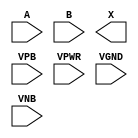
module sky130_fd_sc_lp__and2 (
    //# {{data|Data Signals}}
    input  A   ,
    input  B   ,
    output X   ,

    //# {{power|Power}}
    input  VPB ,
    input  VPWR,
    input  VGND,
    input  VNB
);
endmodule